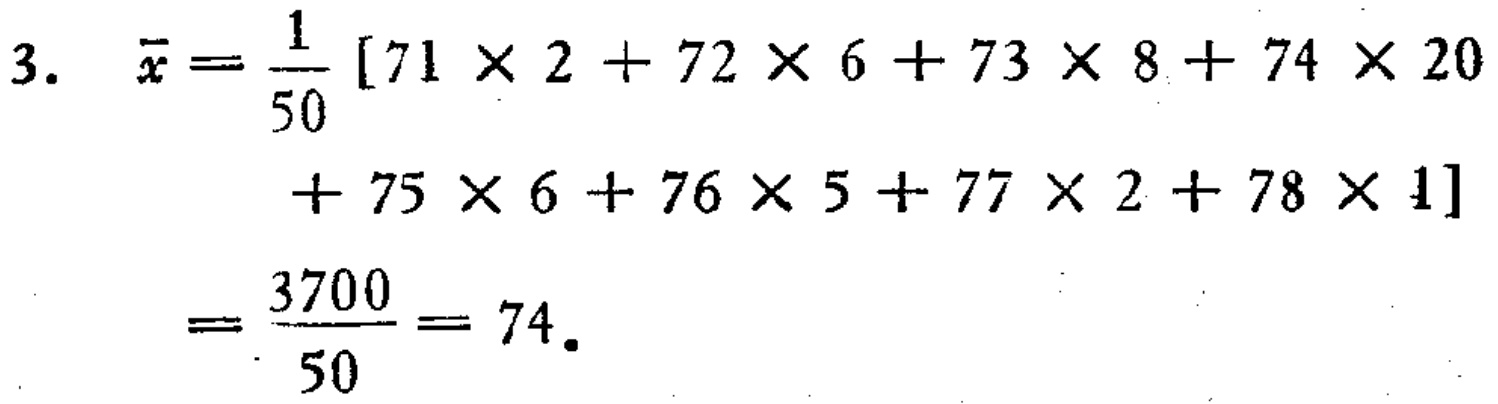
\[

\begin{align*}

\bar{x}&=\frac{1}{50}[71\times2 + 72\times6+73\times8 + 74\times20\\

&\quad+ 75\times6+76\times5 + 77\times2+78\times1]\\

&=\frac{3700}{50}=74.

\end{align*}

\]